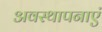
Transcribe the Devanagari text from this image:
अवस्थापनाएं